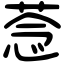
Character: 菍